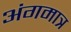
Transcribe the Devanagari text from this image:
अंगमात्र